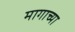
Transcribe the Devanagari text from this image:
मागाच्या